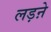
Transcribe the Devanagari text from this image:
लड़ऩे